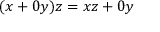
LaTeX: ( x + 0 y ) z = x z + 0 y